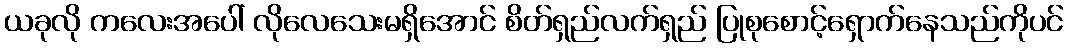
ယခုလို ကလေးအပေါ် လိုလေသေးမရှိအောင် စိတ်ရှည်လက်ရှည် ပြုစုစောင့်ရှောက်နေသည်ကိုပင်